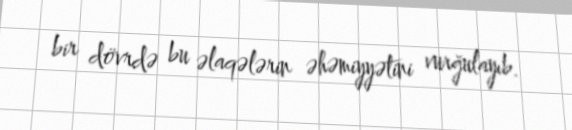
bir dövrdə bu əlaqələrin əhəmiyyətini vurğulayıb.